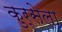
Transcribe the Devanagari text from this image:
कुर्सेला